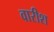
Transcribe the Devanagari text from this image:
वारीश